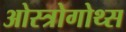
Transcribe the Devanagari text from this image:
ओस्त्रोगोथ्स